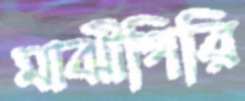
মাঝীগিরি